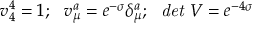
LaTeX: v _ { 4 } ^ { 4 } = 1 ; ~ ~ v _ { \mu } ^ { a } = e ^ { - \sigma } \delta _ { \mu } ^ { a } ; ~ ~ { \it d e t } ~ V = e ^ { - 4 \sigma }